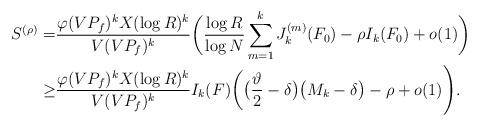
LaTeX: \begin{align*}S^{(\rho)}=&\frac{\varphi(VP_f)^kX(\log R)^k}{V(VP_f)^k}\biggl(\frac{\log R}{\log N}\sum_{m=1}^kJ^{(m)}_k(F_0)-\rho I_k(F_0)+o(1)\biggr)\\\geq&\frac{\varphi(VP_f)^kX(\log R)^k}{V(VP_f)^k}I_k(F)\biggl(\bigl(\frac{\vartheta}{2}-\delta\bigr)\bigl(M_k-\delta\bigr)-\rho+o(1)\Biggr).\end{align*}